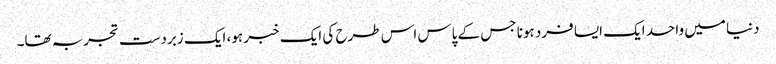
دنیا میں واحد ایک ایسا فرد ہونا جس کے پاس اس طرح کی ایک خبر ہو، ایک زبردست تجربہ تھا۔